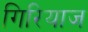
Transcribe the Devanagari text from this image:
गिरियाज